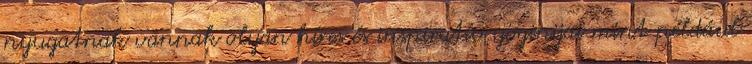
nyugatnak vannak olyan híres és inspiratív yoginijai mint például